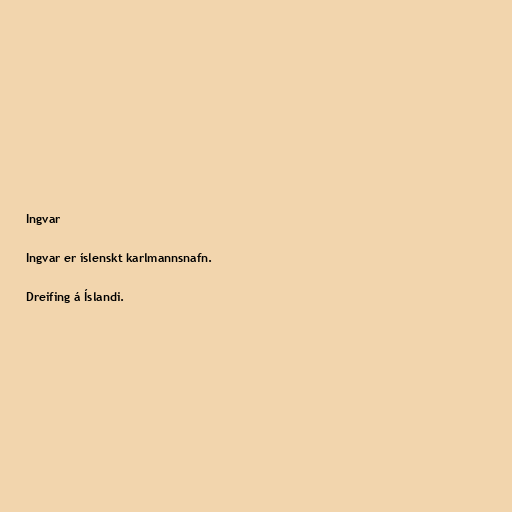
Ingvar

Ingvar er íslenskt karlmannsnafn.

Dreifing á Íslandi.